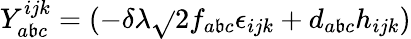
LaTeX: Y_{a\mathfrak{b}c}^{ijk}=(-\delta\lambda\sqrt{}{{2}}f_{a\mathfrak{b}c}\epsilon_{ijk}+d_{a\mathfrak{b}c}h_{ijk})